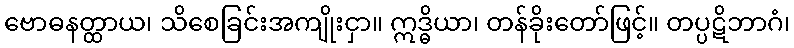
ဗောဓနတ္ထာယ၊ သိစေခြင်းအကျိုးငှာ။ ဣဒ္ဓိယာ၊ တန်ခိုးတော်ဖြင့်။ တပ္ပဋိဘာဂံ၊